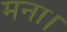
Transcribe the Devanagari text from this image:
मना।